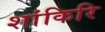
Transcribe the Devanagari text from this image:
शांकिरि